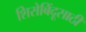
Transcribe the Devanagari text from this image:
शिरोबिंदूसाठी